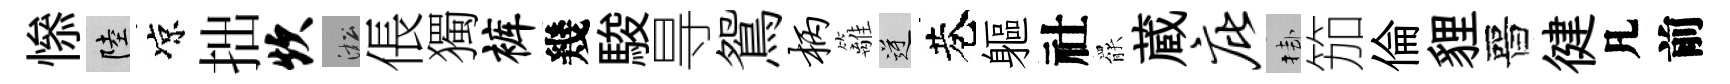
𢡖陸凉拙炊淞倀獨裤幾駿㝵鴛柄籬逆巷軀社罷蔵庇挂笳倫貍晉徤凡前